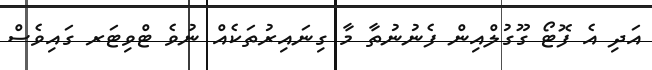
އަދި އެ ފޮޓޯ ގޫގުލްއިން ފެނުނުތާ މާ ގިނައިރުތަކެއް ނުވެ ޓްވިޓަރ ގައިވެސް